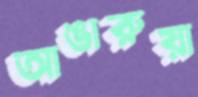
আঙারুয়া